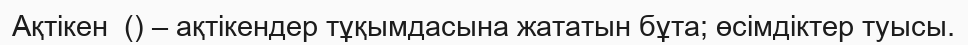
Ақтікен  () – ақтікендер тұқымдасына жататын бұта; өсімдіктер туысы.